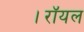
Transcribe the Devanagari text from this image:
।रॉयल